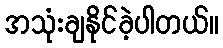
အသုံးချနိုင်ခဲ့ပါတယ်။